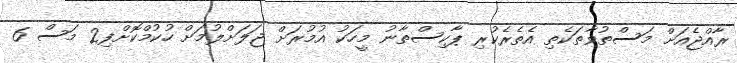
ރާއްޖެއަށް މަސްތުވާތަކެތި އެތެރެކުރި ޕާކިސްތާނު މީހަކު އުމުރަށް ޖަލަށްލުމަށް ހުކުމްކޮށްފި2 މަސް 6